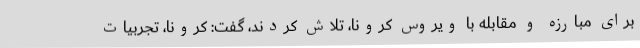
برای مبارزه و مقابله با ویروس کرونا، تلاش کردند، گفت: کرونا، تجربیات